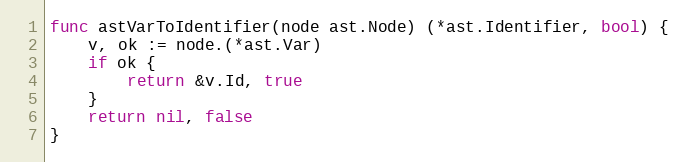
Language: Go
func astVarToIdentifier(node ast.Node) (*ast.Identifier, bool) {
	v, ok := node.(*ast.Var)
	if ok {
		return &v.Id, true
	}
	return nil, false
}